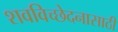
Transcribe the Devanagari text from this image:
शवविच्छेदनासाठी